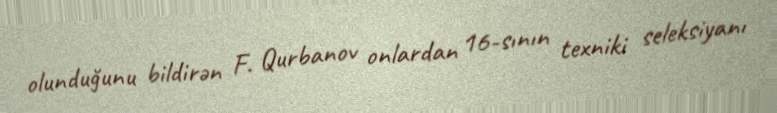
olunduğunu bildirən F. Qurbanov onlardan 16-sının texniki seleksiyanı